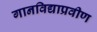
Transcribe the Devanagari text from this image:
गानविद्याप्रवीण